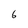
Character: 6